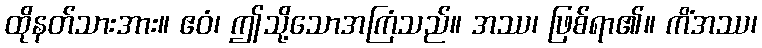
ထိုနတ်သားအား။ ဧဝံ၊ ဤသို့သောအကြံသည်။ အဿ၊ ဖြစ်ရာ၏။ ကိံအဿ၊